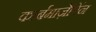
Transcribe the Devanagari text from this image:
कार्बमाज़ेपिंन